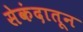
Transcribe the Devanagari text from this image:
सेकंदातून